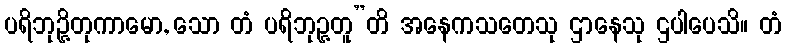
ပရိဘုဉ္ဇိတုကာမော, သော တံ ပရိဘုဉ္ဇတူ”တိ အနေကသတေသု ဌာနေသု ဌပါပေသိ။ တံ